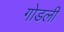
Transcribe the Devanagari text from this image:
गोडली